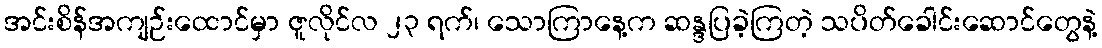
အင်းစိန်အကျဉ်းထောင်မှာ ဇူလိုင်လ ၂၃ ရက်၊ သောကြာနေ့က ဆန္ဒပြခဲ့ကြတဲ့ သပိတ်ခေါင်းဆောင်တွေနဲ့